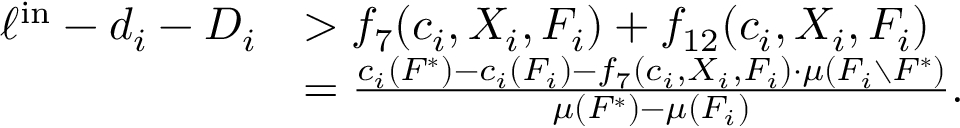
\begin{array} { r l } { \ell ^ { \mathrm { i n } } - d _ { i } - D _ { i } } & { > f _ { 7 } ( c _ { i } , X _ { i } , F _ { i } ) + f _ { 1 2 } ( c _ { i } , X _ { i } , F _ { i } ) } \\ { } & { = \frac { c _ { i } ( F ^ { * } ) - c _ { i } ( F _ { i } ) - f _ { 7 } ( c _ { i } , X _ { i } , F _ { i } ) \cdot \mu ( F _ { i } \setminus F ^ { * } ) } { \mu ( F ^ { * } ) - \mu ( F _ { i } ) } . } \end{array}